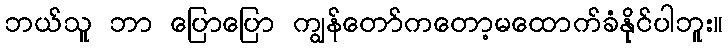
ဘယ်သူ ဘာ ပြောပြော ကျွန်တော်ကတော့မထောက်ခံနိုင်ပါဘူး။